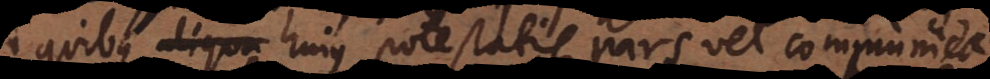
quibus aliqua hujus potestatis pars vel communica